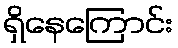
ရှိနေကြောင်း